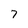
Character: 7